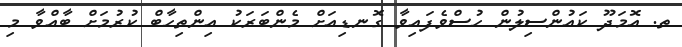
ތ. އޮމަދޫ ކައުންސިލުން ހުސްވެފައިވާ ގޮނޑިއަށް މެންބަރަކު އިންތިޙާބް ކުރުމަށް ބާއްވާ މި